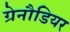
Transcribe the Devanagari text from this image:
ग्रेनौडियर